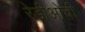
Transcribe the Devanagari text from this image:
रेडीओची